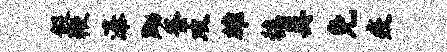
假鞭瀑黝釜攻雄稳奥免疫